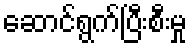
ဆောင်ရွက်ပြီးစီးမှု